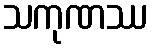
သကုဏဿ